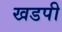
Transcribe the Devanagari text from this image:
खडपी